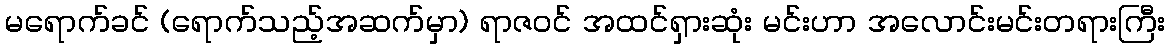
မရောက်ခင် (ရောက်သည့်အဆက်မှာ) ရာဇဝင် အထင်ရှားဆုံး မင်းဟာ အလောင်းမင်းတရားကြီး